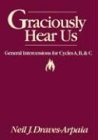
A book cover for Graciously Hear Us : General Intercessions for Cycles A, B, & C; Neil Draves-Arpaia; Christian Books & Bibles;